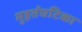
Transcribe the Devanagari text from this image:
मुहूर्तघटिका